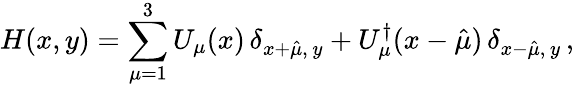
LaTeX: H(x,y)=\sum_{\mu=1}^{3}U_{\mu}(x)\, \delta_{x+\hat{\mu},\, y}+U_{\mu}^{\dagger}(x-\hat{\mu})\, \delta_{x-\hat{\mu},\, y}\, ,